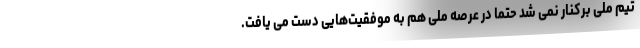
تیم ملی برکنار نمی شد حتما در عرصه ملی هم به موفقیت‌هایی دست می یافت.